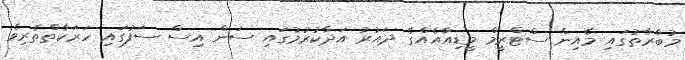
މުބާރާތުގައި މެއިން ސްޓްރީމް މީޑިއާއެއްގެ ދައުރު އަދާކުރުމުގައި ސަން އިސް ސަފުގައި ހަރަކާތްތެރިވެ